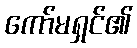
ကော်မရှင်၏